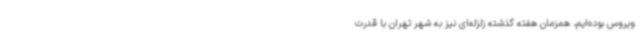
ویروس بوده‌ایم، همزمان هفته گذشته زلزله‌ای نیز به شهر تهران با قدرت